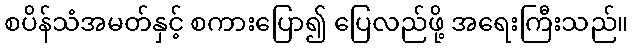
စပိန်သံအမတ်နှင့် စကားပြော၍ ပြေလည်ဖို့ အရေးကြီးသည်။